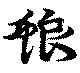
蜋